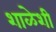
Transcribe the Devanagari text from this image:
शाळेशी